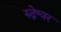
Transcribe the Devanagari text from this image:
रुद्रेश्वर